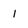
Character: 1